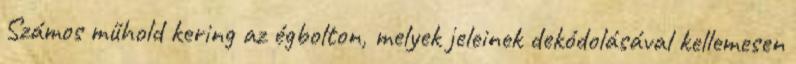
Számos műhold kering az égbolton, melyek jeleinek dekódolásával kellemesen